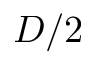
D / 2